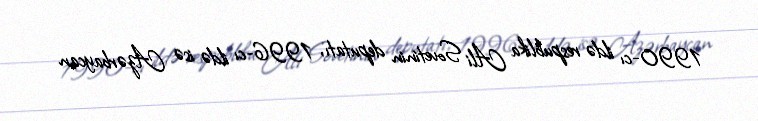
1990-cı ildə respublika Ali Sovetinin deputatı, 1996-cı ildə isə Azərbaycan